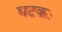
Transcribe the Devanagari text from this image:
घटकः